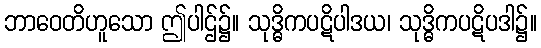
ဘာဝေတိဟူသော ဤပါဌ်၌။ သုဒ္ဓိကပဋိပါဒယ၊ သုဒ္ဓိကပဋိပဒါ၌။